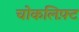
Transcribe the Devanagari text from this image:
चोकलिफ़्ट